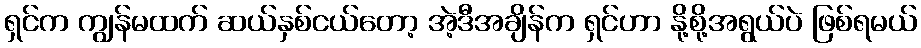
ရှင်က ကျွန်မထက် ဆယ်နှစ်ငယ်တော့ အဲ့ဒီအချိန်က ရှင်ဟာ နို့စို့အရွယ်ပဲ ဖြစ်ရမယ်